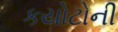
કયોટોની